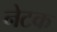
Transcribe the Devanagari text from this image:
नेटक